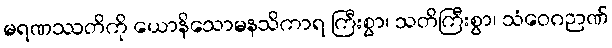
မရဏဿတိကို ယောနိသောမနသိကာရ ကြီးစွာ၊ သတိကြီးစွာ၊ သံဝေဂဉာဏ်